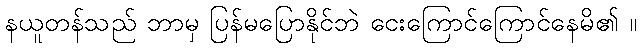
နယူတန်သည် ဘာမှ ပြန်မပြောနိုင်ဘဲ ငေးကြောင်ကြောင်နေမိ၏ ။